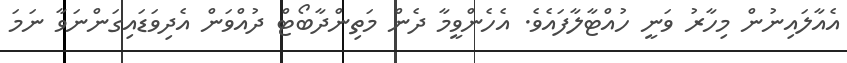
އެއާލައިނުން މިހާރު ވަނީ ހުއްޓާލާފައެވެ. އެހެންވީމާ ދެން މަތިންދާބޯޓް ދުއްވަން އެދިވަޑައިގަންނަވާ ނަމަ